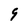
Character: 9